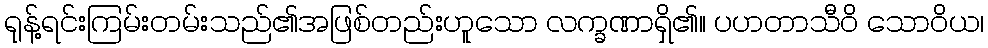
ရုန့်ရင်းကြမ်းတမ်းသည်၏အဖြစ်တည်းဟူသော လက္ခဏာရှိ၏။ ပဟတာသီဝိ သောဝိယ၊